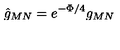
\hat { g } _ { M N } = e ^ { - \Phi / 4 } g _ { M N }